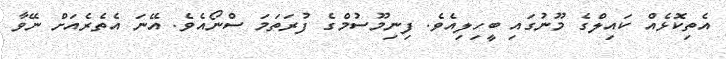
އެތިކޮޅެއް ކައިލްގެ މޫނުގައި ބީހިލިއެވެ. ފިނިމޫސުމްގެ ފުރަތަމަ ސްނޯއެވެ. އޭނަ އެތެރެއަށް ނޭވާ